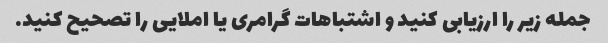
جمله زیر را ارزیابی کنید و اشتباهات گرامری یا املایی را تصحیح کنید.